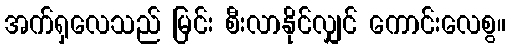
အက်ရှလေသည် မြင်း စီးလာနိုင်လျှင် ကောင်းလေစွ။